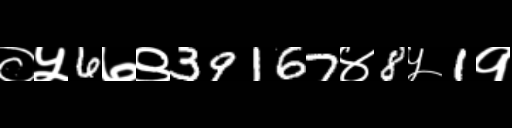
Text: ०५6७९39167४8५1१